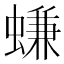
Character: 螊